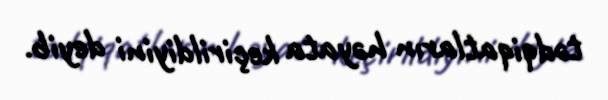
tədqiqatların həyata keçirildiyini deyib.